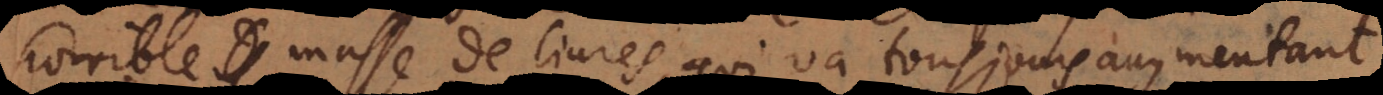
horrible masse de livres, qui va tousjours augmentan